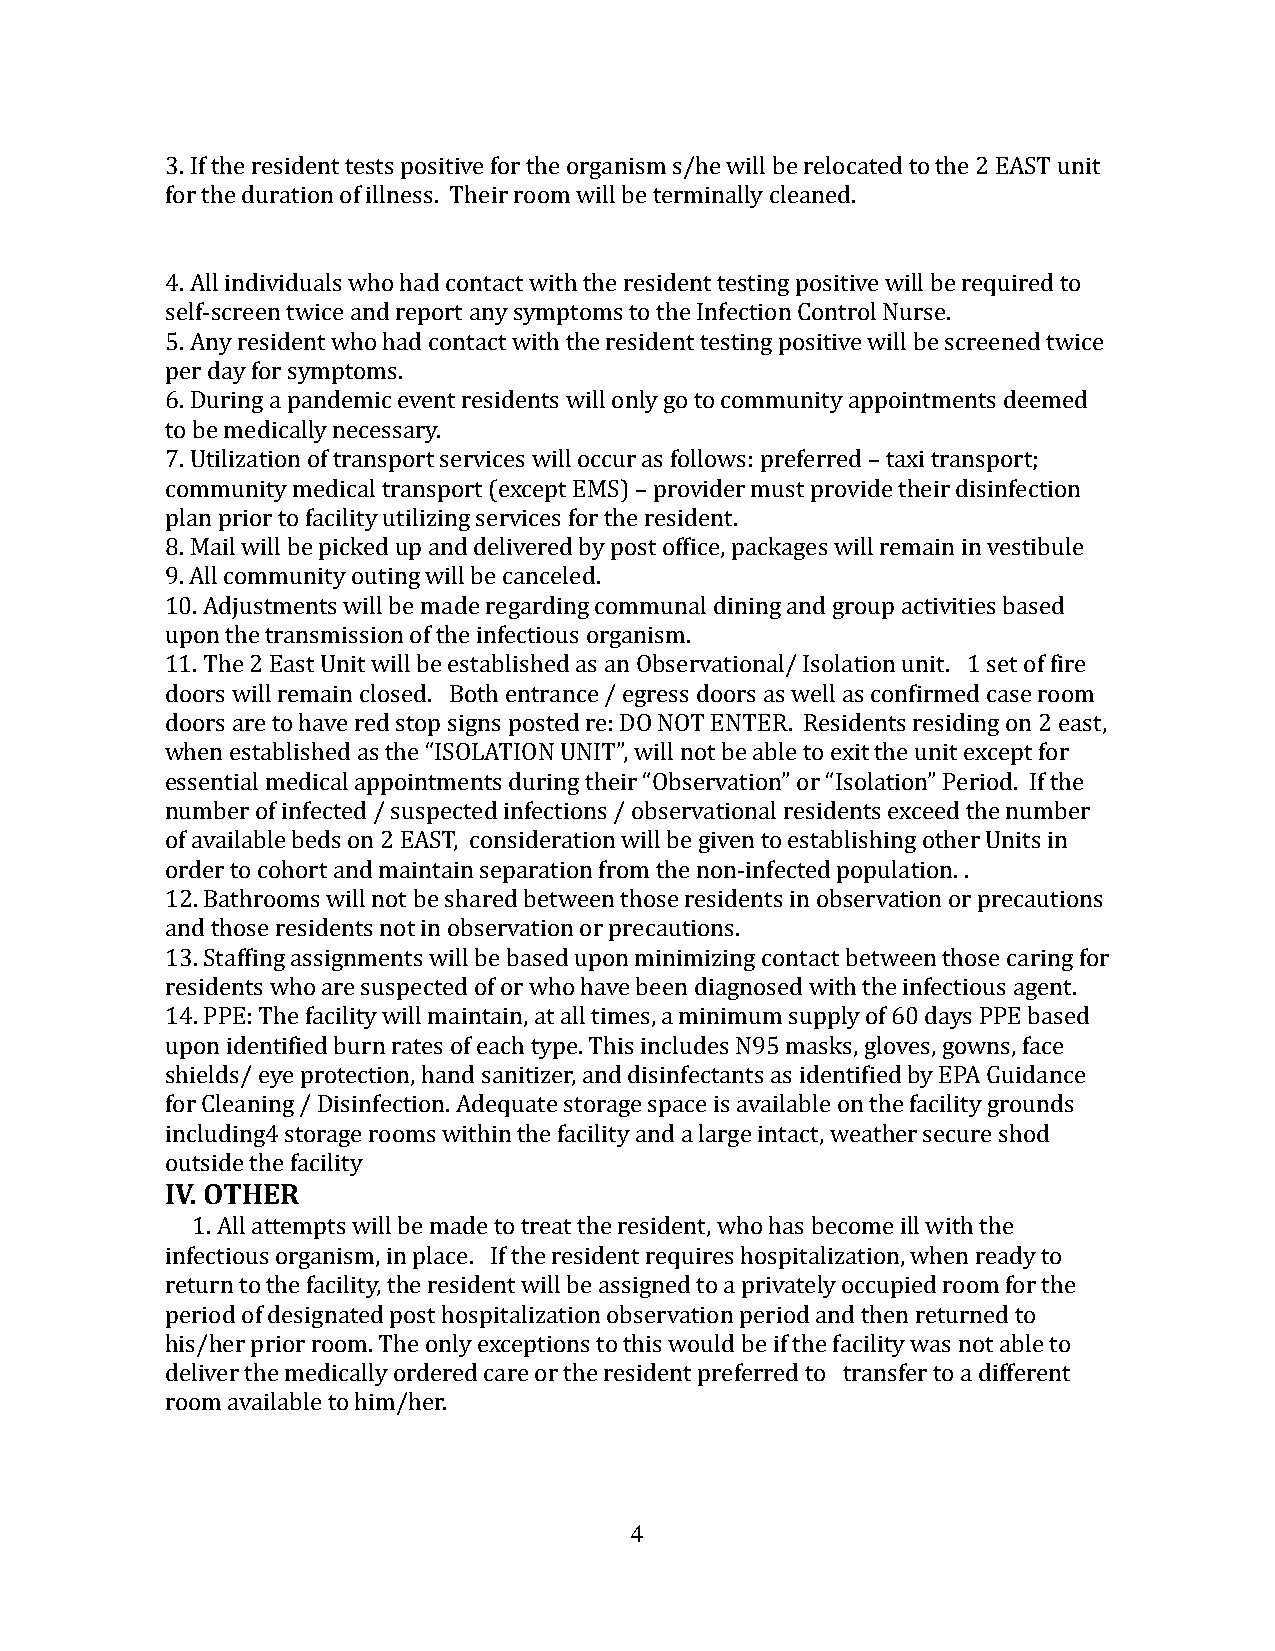
3. If the resident tests positive for the organism s/he will be relocated to the 2 EAST unit
 for the duration of illness. Their room will be terminally cleaned.
 4. All individuals who had contact with the resident testing positive will be required to
 self-screen twice and report any symptoms to the Infection Control Nurse.
 5. Any resident who had contact with the resident testing positive will be screened twice
 per day for symptoms.
 6. During a pandemic event residents will only go to community appointments deemed
 to be medically necessary.
 7. Utilization of transport services will occur as follows: preferred – taxi transport;
 community medical transport (except EMS) – provider must provide their disinfection
 plan prior to facility utilizing services for the resident.
 8. Mail will be picked up and delivered by post office, packages will remain in vestibule
 9. All community outing will be canceled.
 10. Adjustments will be made regarding communal dining and group activities based
 upon the transmission of the infectious organism.
 11. The 2 East Unit will be established as an Observational/ Isolation unit. 1 set of fire
 doors will remain closed. Both entrance / egress doors as well as confirmed case room
 doors are to have red stop signs posted re: DO NOT ENTER. Residents residing on 2 east,
 when established as the “ISOLATION UNIT”, will not be able to exit the unit except for
 essential medical appointments during their “Observation” or “Isolation” Period. If the
 number of infected / suspected infections / observational residents exceed the number
 of available beds on 2 EAST, consideration will be given to establishing other Units in
 order to cohort and maintain separation from the non-infected population. .
 12. Bathrooms will not be shared between those residents in observation or precautions
 and those residents not in observation or precautions.
 13. Staffing assignments will be based upon minimizing contact between those caring for
 residents who are suspected of or who have been diagnosed with the infectious agent.
 14. PPE: The facility will maintain, at all times, a minimum supply of 60 days PPE based
 upon identified burn rates of each type. This includes N95 masks, gloves, gowns, face
 shields/ eye protection, hand sanitizer, and disinfectants as identified by EPA Guidance
 for Cleaning / Disinfection. Adequate storage space is available on the facility grounds
 IinVc.l OudTinHgE4 Rst orage rooms within the facility and a large intact, weather secure shod
 outside the facility
 1. All attempts will be made to treat the resident, who has become ill with the
 infectious organism, in place. If the resident requires hospitalization, when ready to
 return to the facility, the resident will be assigned to a privately occupied room for the
 period of designated post hospitalization observation period and then returned to
 his/her prior room. The only exceptions to this would be if the facility was not able to
 deliver the medically ordered care or the resident preferred to transfer to a different
 room available to him/her.
 4